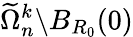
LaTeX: \widetilde\Omega_{n}^{k}\backslash B_{R_{0}}(0)